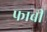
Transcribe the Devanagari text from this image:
फाबी